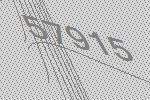
57915